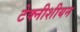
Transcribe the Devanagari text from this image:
टेक्नीशीयन